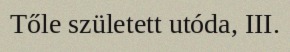
Tőle született utóda, III.